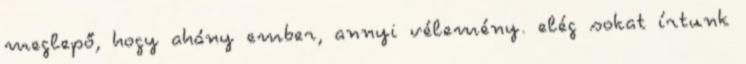
meglepő, hogy ahány ember, annyi vélemény. elég sokat írtunk